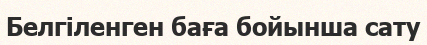
Белгіленген баға бойынша сату